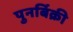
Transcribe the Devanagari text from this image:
पुनर्बिक्री